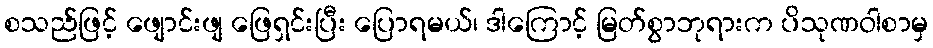
စသည်ဖြင့် ဖျောင်းဖျ ဖြေရှင်းပြီး ပြောရမယ်၊ ဒါကြောင့် မြတ်စွာဘုရားက ပိသုဏဝါစာမှ